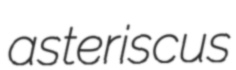
asteriscus